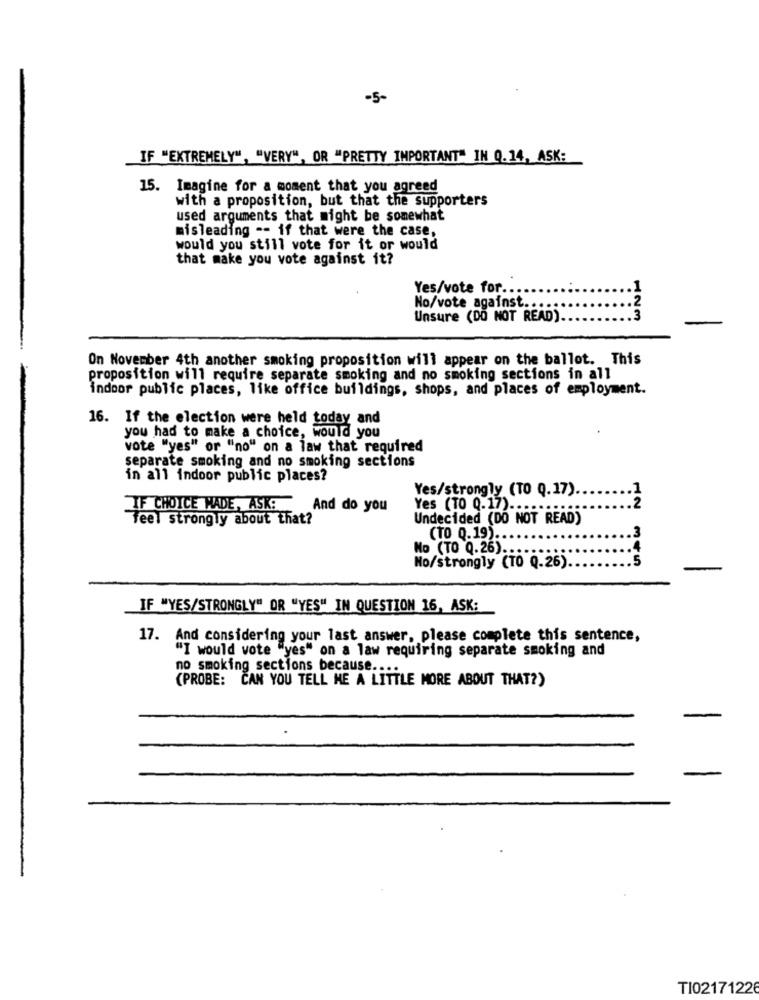
-5-
IF "EXTREMELY", "VERY", OR "PRETTY IMPORTANT" IN 0.14, ASK:
15. Imagine for a moment that you agreed
with a proposition, but that the supporters
used arguments that might be somewhat
misleading -- if that were the case,
would you still vote for it or would
that make you vote against it?
Yes/vote for ...
No/vote against ....
Unsure (DO NOT READ)
123
On November 4th another smoking proposition will appear on the ballot. This
proposition will require separate smoking and no smoking sections in all
indoor public places, like office buildings, shops, and places of employment.
16. If the election were held today and
you had to make a choice, would you
vote "yes" or "no" on a law that required
separate smoking and no smoking sections
in all indoor public places?
Yes/strongly (TO Q.17)
IF CHOICE MADE, ASK!
And do you
Yes (TO 0.17) ...
.2
Feel strongly about that?
Undecided (DO NOT READ)
(TO 0.19).
3
No (TO Q.26).
4
5
No/strongly (TO Q.26).
IF "YES/STRONGLY" OR "YES" IN QUESTION 16, ASK:
17. And considering your last answer, please complete this sentence,
"I would vote "yes" on a law requiring separate smoking and
no smoking sections because ..
(PROBE: CAN YOU TELL ME A LITTLE MORE ABOUT THAT?)
TI02171226